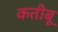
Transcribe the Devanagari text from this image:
कतीबू